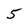
Character: 5